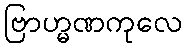
ဗြာဟ္မဏကုလေ